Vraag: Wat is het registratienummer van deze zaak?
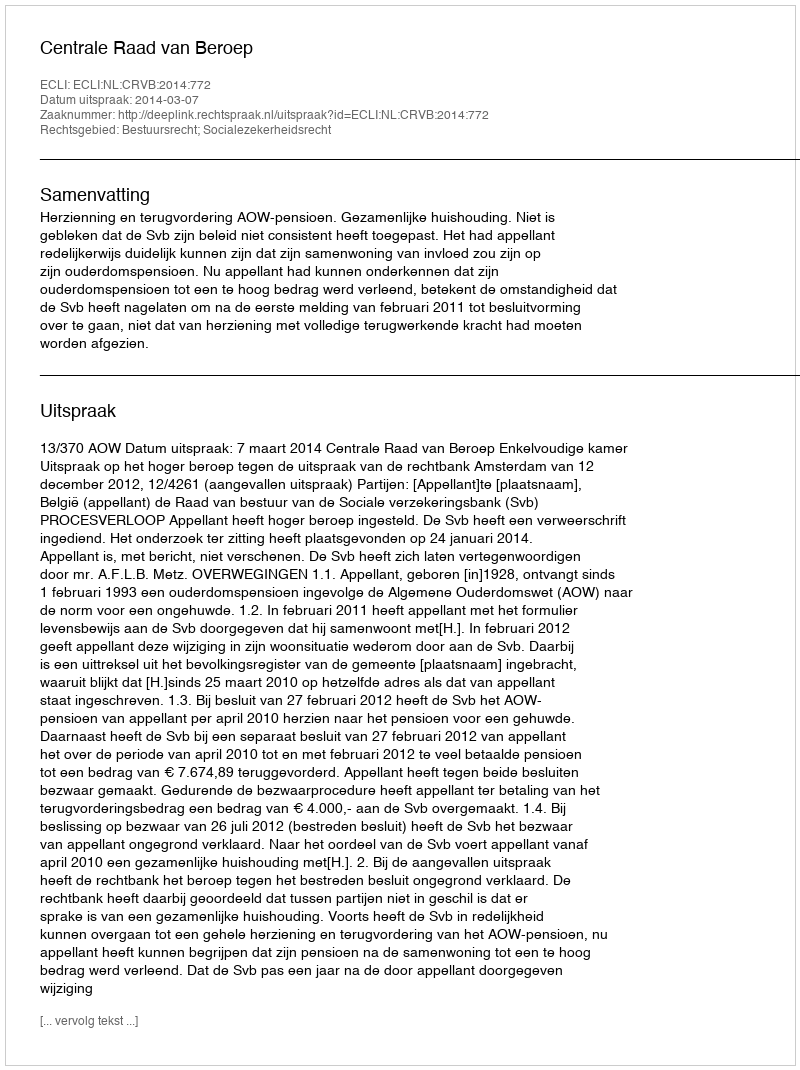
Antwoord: http://deeplink.rechtspraak.nl/uitspraak?id=ECLI:NL:CRVB:2014:772